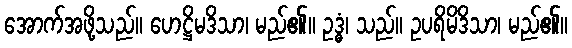
အောက်အဖို့သည်။ ဟေဋ္ဌိမဒိသာ၊ မည်၏။ ဥဒ္ဓံ၊ သည်။ ဥပရိမိဒိသာ၊ မည်၏။